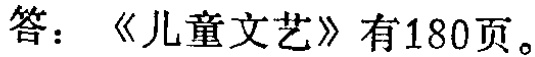
答：《儿童文艺》有180页。